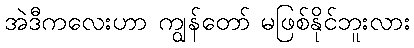
အဲဒီကလေးဟာ ကျွန်တော် မဖြစ်နိုင်ဘူးလား